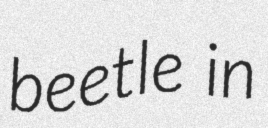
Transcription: beetle in